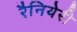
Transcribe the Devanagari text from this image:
रैनियेरी